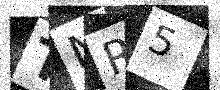
Text: TNR5